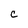
Character: C